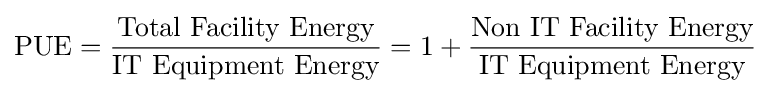
\mathrm {PUE} ={{\mbox{Total Facility Energy}} \over {\mbox{IT Equipment Energy}}}=1+{{\mbox{Non IT Facility Energy}} \over {\mbox{IT Equipment Energy}}}